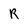
Character: R